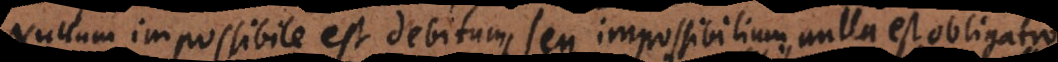
Nullum impossibile est debitum; seu impossibilium nulla est obligatio.